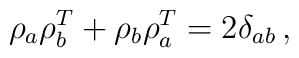
\rho_{a}\rho_{b}^{T}+\rho_{b}\rho_{a}^{T}=2\delta_{ab}\,,